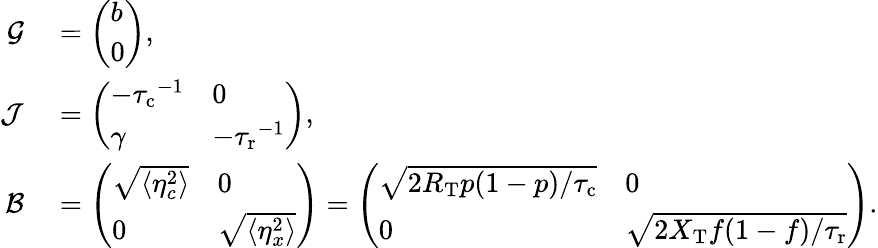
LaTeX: \begin{array}{rl}{\mathcal{G}}&{{}=\left(\begin{array}{l}{b}\\ {0}\end{array}\right),}\\ {\mathcal J}&{{}=\left(\begin{array}{ll}{-{\tau_{\mathrm{c}}}^{-1}}&{0}\\ {\gamma}&{-{\tau_{\mathrm{r}}}^{-1}}\end{array}\right),}\\ {\mathcal{B}}&{{}=\left(\begin{array}{ll}{\sqrt{\langle\eta_{c}^{2}\rangle}}&{0}\\ {0}&{\sqrt{\langle\eta_{x}^{2}\rangle}}\end{array}\right)=\left(\begin{array}{ll}{\sqrt{2R_{\mathrm{T}}p(1-p)/{\tau_{\mathrm{c}}}}}&{0}\\ {0}&{\sqrt{2X_{\mathrm{T}}f(1-f)/{\tau_{\mathrm{r}}}}}\end{array}\right).}\end{array}